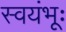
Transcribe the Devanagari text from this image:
स्वयंभूः